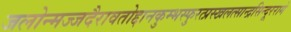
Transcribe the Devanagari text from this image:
जलोन्मज्जदैरावतोद्दानकुम्भस्फुरत्प्रस्खलत्सान्द्रसिन्दूररागे